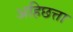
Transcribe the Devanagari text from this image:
अहिछत्ता